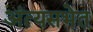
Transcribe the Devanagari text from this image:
अंत्यसभेत